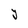
Character: Y